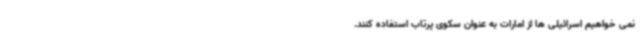
نمی خواهیم اسرائیلی ها از امارات به عنوان سکوی پرتاب استفاده کنند.